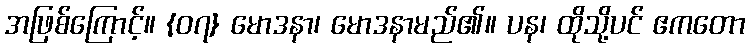
အဖြစ်ကြောင့်။ {၀၇} မောဒနာ၊ မောဒနာမည်၏။ ပန၊ ထိုသို့ပင် ဧကတော